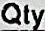
QTY